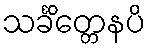
သင်္ခိတ္တေနပိ